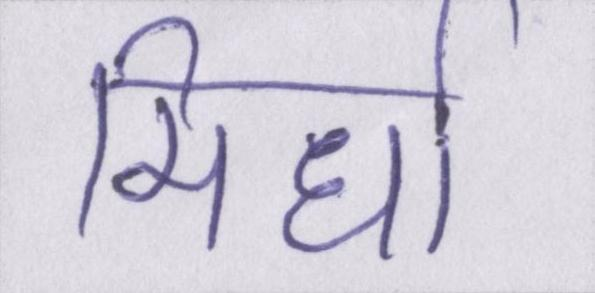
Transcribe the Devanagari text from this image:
मिर्धा